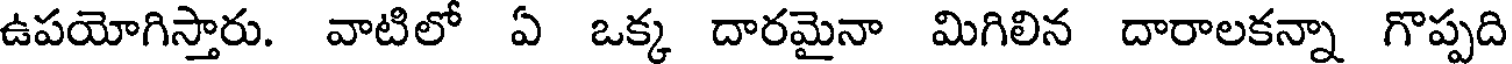
ఉపయోగిస్తారు. వాటిలో ఏ ఒక్క దారమైనా మిగిలిన దారాలకన్నా గొప్పది